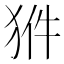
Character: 𤞗